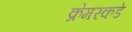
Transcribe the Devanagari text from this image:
क्रेमरकडे